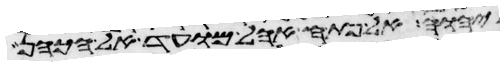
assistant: ליהוה אל פתח אהל מועד אל הכהן